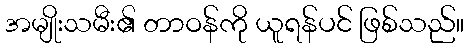
အမျိုးသမီး၏ တာဝန်ကို ယူရန်ပင် ဖြစ်သည်။